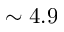
\sim 4 . 9